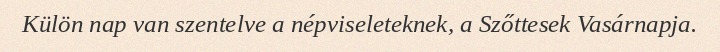
Külön nap van szentelve a népviseleteknek, a Szőttesek Vasárnapja.